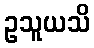
ဥသူယသိ